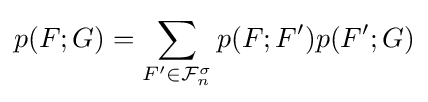
p(F;G)=\sum _{F'\in {\mathcal {F}}_{n}^{\sigma }}p(F;F')p(F';G)